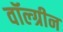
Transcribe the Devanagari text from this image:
वॉल्ग्रीन